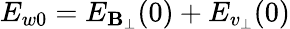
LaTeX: E_{w0}=E_{\mathbf{B}_{\bot}}(0)+E_{v_{\bot}}(0)